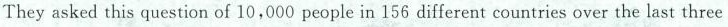
They asked this question of 10,000 people in 156 different countries over the last three